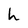
Character: h